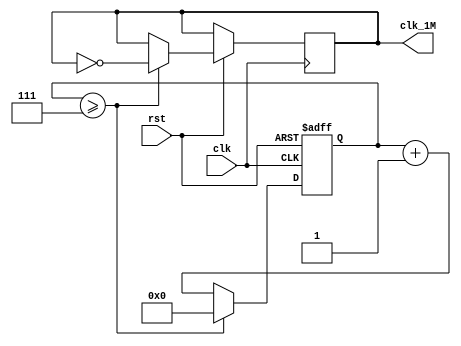
module clk_1M(clk,rst,clk_1M);
input clk,rst;
output clk_1M;

reg[31:0]cnt;
reg clk_1M;
always@(posedge clk or negedge rst)
begin
	if(!rst)
		begin
			cnt<=1'b0;
		end
	else if(cnt>=7)
		begin
			clk_1M<=~clk_1M;
			cnt<=1'b0;
		end 
	else  	
		begin
			cnt<=cnt+1'b1;
		end 
end 


endmodule